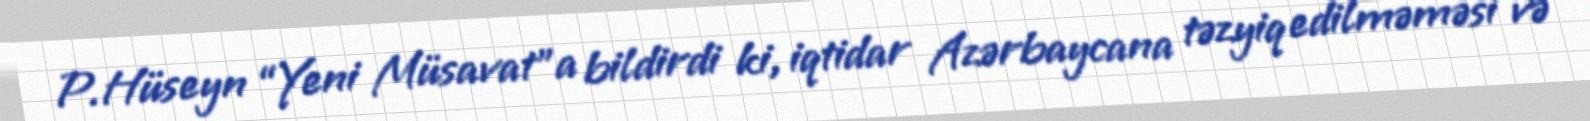
P.Hüseyn “Yeni Müsavat”a bildirdi ki, iqtidar Azərbaycana təzyiq edilməməsi və